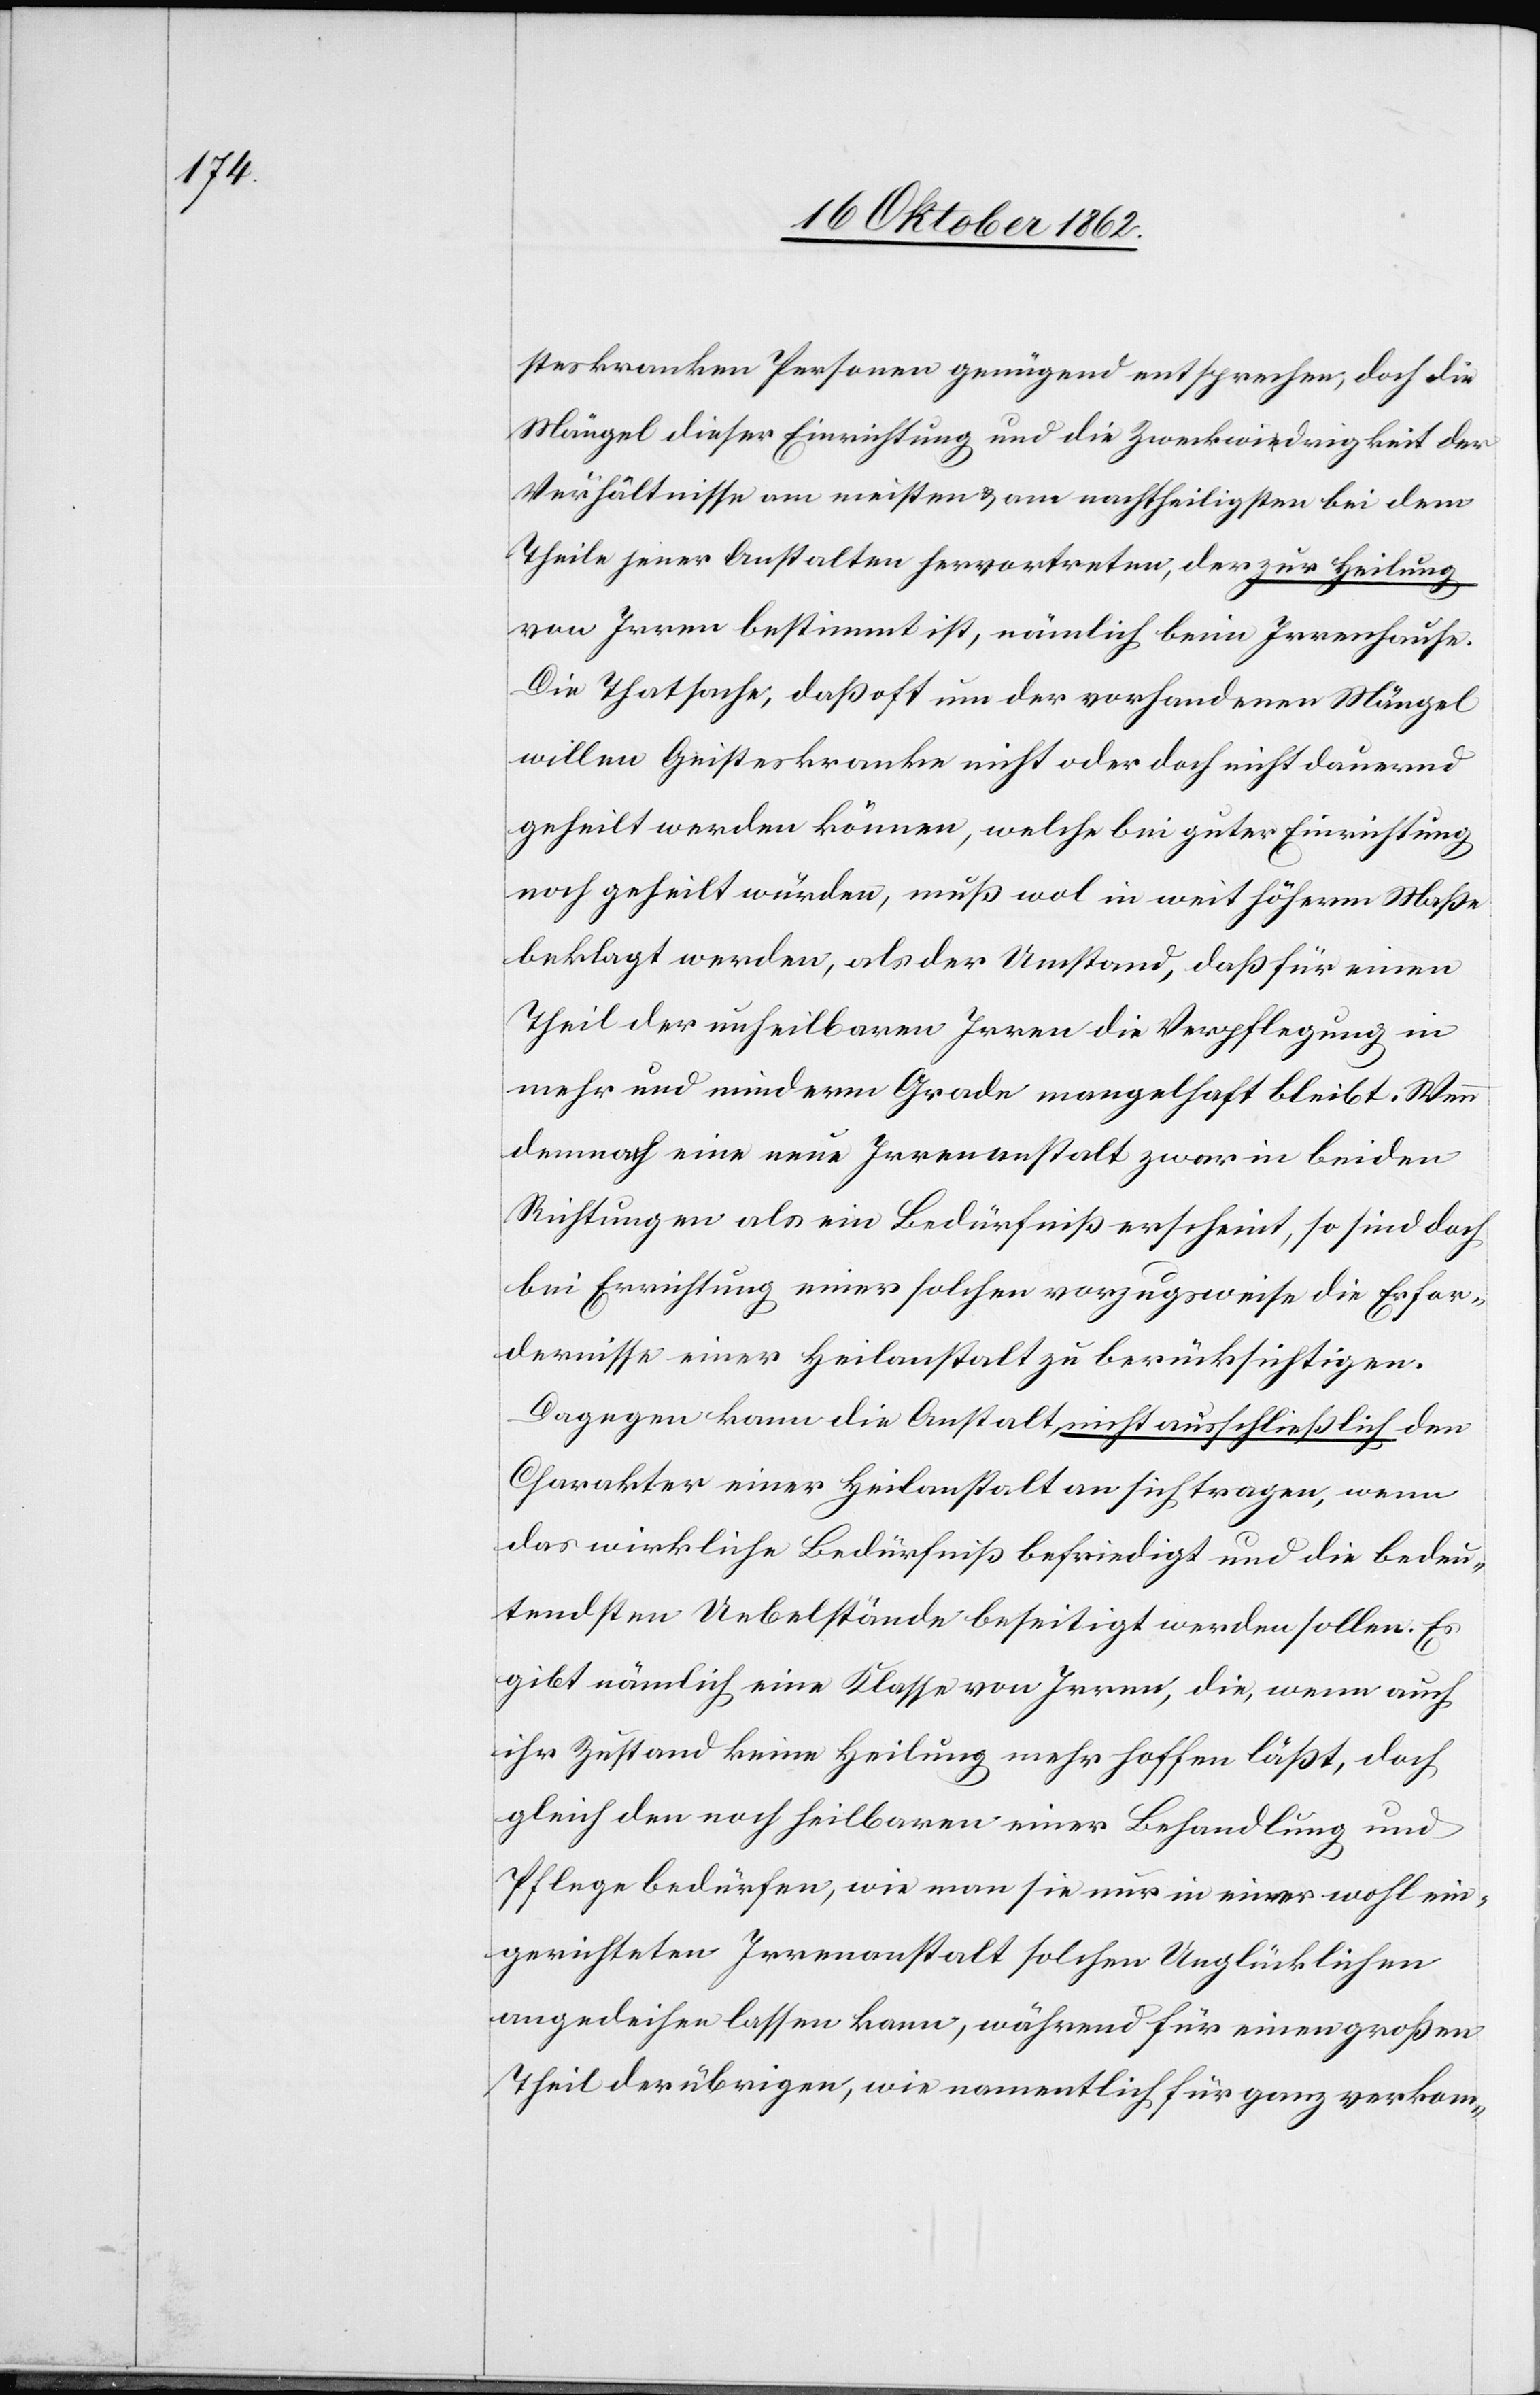
steskranken Personen genügend entsprechen, doch die
Mängel dieser Einrichtung und die Zweckwidrigkeit der
Verhältnisse am meisten u. am nachtheiligsten bei dem
Theile jener Anstalten hervortreten, der zur Heilung
von Irren bestimmt ist, nämlich beim Irrenhause.
Die Thatsache, daß oft um der vorhandenen Mängel
willen Geisteskranke nicht oder doch nicht dauernd
geheilt werden können, welche bei guter Einrichtung
noch geheilt würden, muß wol in weit höherm Maße
beklagt werden, als der Umstand, daß für einen
Theil der unheilbaren Irren die Verpflegung in
mehr und minderm Grade mangelhaft bleibt. Wenn
demnach eine neue Irrenanstalt zwar in beiden
Richtungen als ein Bedürfniß erscheint, so sind doch
bei Errichtung einer solchen vorzugsweise die Erfor¬
dernisse einer Heilanstalt zu berücksichtigen.
Dagegen kann die Anstalt nicht ausschließlich den
Charakter einer Heilanstalt an sich tragen, wenn
das wirkliche Bedürfniß befriedigt und die bedeu¬
tendsten Uebelstände beseitigt werden sollen. Es
gibt nämlich eine Klasse von Irren, die, wenn auch
ihr Zustand keine Heilung mehr hoffen läßt, doch
gleich den noch heilbaren einer Behandlung und
Pflege bedürfen, wie man sie nur in einer wohl ein¬
gerichteten Irrenanstalt solchen Unglücklichen
angedeihen lassen kann, während für einen großen
Theil der übrigen, wie namentlich für ganz verkom-